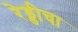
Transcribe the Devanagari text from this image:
रेड्डीचा